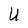
Character: U